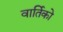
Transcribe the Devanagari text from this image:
वार्तिको